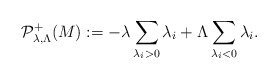
\begin{align*}\mathcal{P}^+_{\lambda,\Lambda}(M):=-\lambda\sum_{\lambda_i>0}\lambda_i+\Lambda\sum_{\lambda_i<0}\lambda_i.\end{align*}